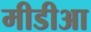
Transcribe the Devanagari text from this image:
मीडीआ